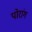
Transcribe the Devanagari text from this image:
पोरांग